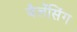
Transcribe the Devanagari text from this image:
बैलेंसिंग